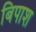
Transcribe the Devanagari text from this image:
बिपाश